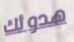
هدوئك